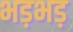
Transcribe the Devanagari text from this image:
भड़भड़